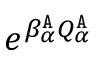
e ^ { \beta _ { \alpha } ^ { \tt A } Q _ { \alpha } ^ { \tt A } }